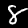
Digit: 8